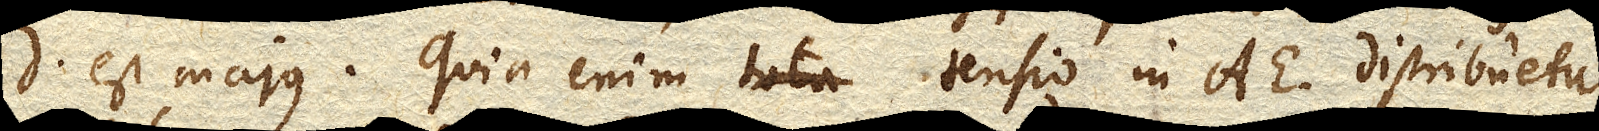
D. est majus. Quia enim tota tensio in AE. distribuetur